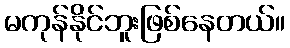
မကုန်နိုင်ဘူးဖြစ်နေတယ်။